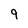
Character: 9